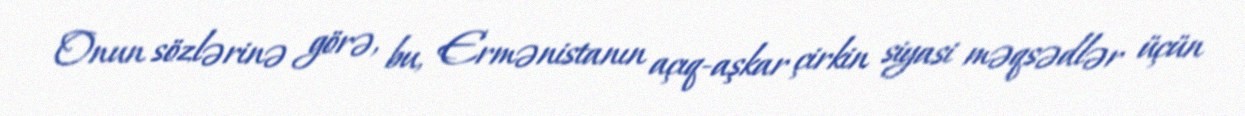
Onun sözlərinə görə, bu, Ermənistanın açıq-aşkar çirkin siyasi məqsədlər üçün